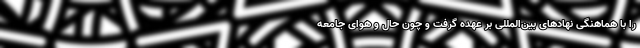
را با هماهنگی نهادهای بین‌المللی بر عهده گرفت و چون حال و هوای جامعه